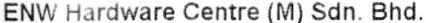
ENW HARDWARE CENTRE (M) SDN. BHD.